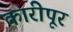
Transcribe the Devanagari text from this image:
कारीपूर